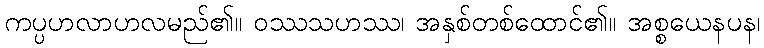
ကပ္ပဟလာဟလမည်၏။ ဝဿသဟဿ၊ အနှစ်တစ်ထောင်၏။ အစ္စယေနပန၊